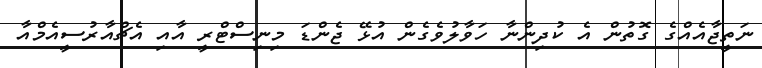
ނަތީޖާއެއްގެ ގޮތުން އެ ކުދިންނާ ހަވާލުވެގެން އުޅޭ ޖެންޑަ މިނިސްޓްރީ އާއި އެޗްއާރުސީއެމްއާ